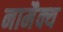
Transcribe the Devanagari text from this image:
नामैक्य